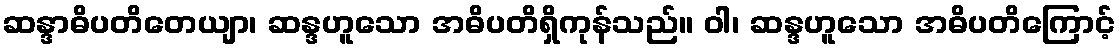
ဆန္ဒာဓိပတိတေယျာ၊ ဆန္ဒဟူသော အဓိပတိရှိကုန်သည်။ ဝါ၊ ဆန္ဒဟူသော အဓိပတိကြောင့်